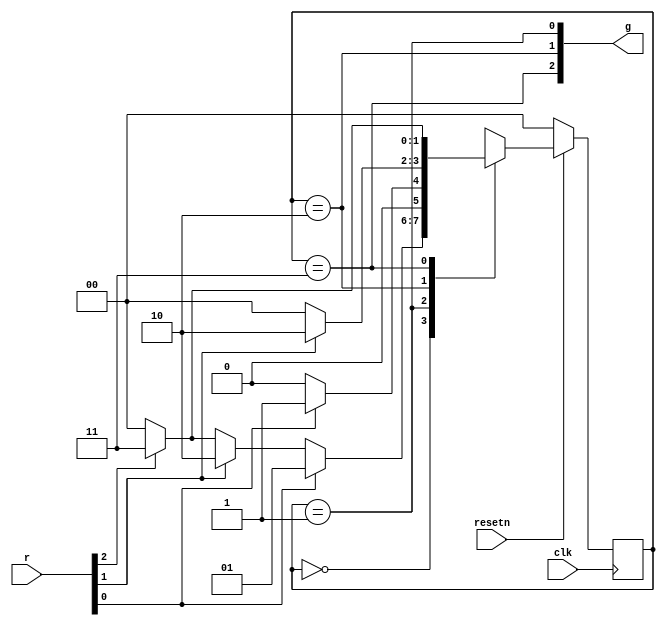
//https://hdlbits.01xz.net/wiki/Exams/2013_q2afsm


module top_module (
    input clk,
    input resetn,    // active-low synchronous reset
    input [3:1] r,   // request
    output [3:1] g   // grant
); 

    parameter A = 2'b00, B=2'b01,C=2'b10,D=2'b11;

    reg[1:0] state;
    reg[1:0] next_state;

    always @(*) begin
        case (state)
            A: next_state = r[1]?B:r[2]?C:r[3]?D:A;
            B:next_state = r[1]?B:A;
            C:next_state = r[2]?C:A;
            D:next_state = r[3]?D:A;
        endcase
    end

    always @(posedge clk) begin
        if(!resetn)
            state<=A;
        else 
            state <= next_state;
    end

    assign g = {state==D,state==C,state==B};
endmodule